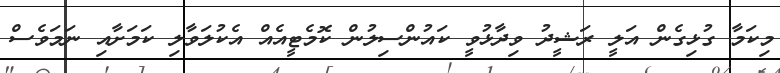
މިކަމާ ގުޅިގެން އަލީ ރަޝީދު ވިދާޅުވީ ކައުންސިލުން ކޮމެޓީއެއް އެކުލަވާލި ކަމަށާއި ނަމަވެސް